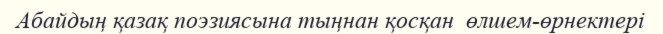
Абайдың қазақ поэзиясына тыңнан қосқан  өлшем-өрнектері